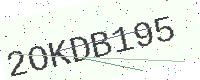
Text: 2OKDB195